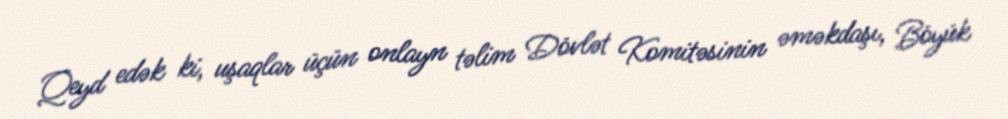
Qeyd edək ki, uşaqlar üçün onlayn təlim Dövlət Komitəsinin əməkdaşı, Böyük